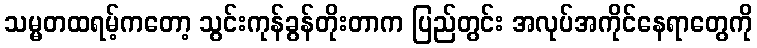
သမ္မတထရမ့်ကတော့ သွင်းကုန်ခွန်တိုးတာက ပြည်တွင်း အလုပ်အကိုင်နေရာတွေကို